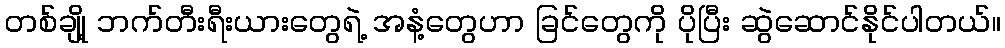
တစ်ချို့ ဘက်တီးရီးယားတွေရဲ့ အနံ့တွေဟာ ခြင်တွေကို ပိုပြီး ဆွဲဆောင်နိုင်ပါတယ်။